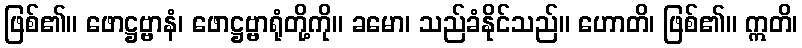
ဖြစ်၏။ ဖောဋ္ဌဗ္ဗာနံ၊ ဖောဋ္ဌဗ္ဗာရုံတို့ကို။ ခမော၊ သည်ခံနိုင်သည်။ ဟောတိ၊ ဖြစ်၏။ ဣတိ၊